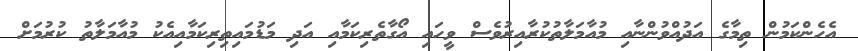
އެހެންކަމުން ތިމާގެ އަދުއްވުންނާއި މުއާމަލާތުކުރާއިރުވެސް ވީހައި އޯގާތެރިކަމާއި އަދި މަޑުމައިތިރިކަމާއިއެކު މުއާމަލާތު ކުރުމަށް